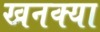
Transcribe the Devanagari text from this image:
खनक्या